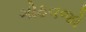
ગોઠવજો